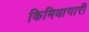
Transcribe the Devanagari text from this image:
किमियागारी